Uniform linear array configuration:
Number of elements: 64
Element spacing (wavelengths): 0.75
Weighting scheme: kaiser
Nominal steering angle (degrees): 0
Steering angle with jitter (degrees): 1.149
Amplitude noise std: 0.05
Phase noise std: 0.05

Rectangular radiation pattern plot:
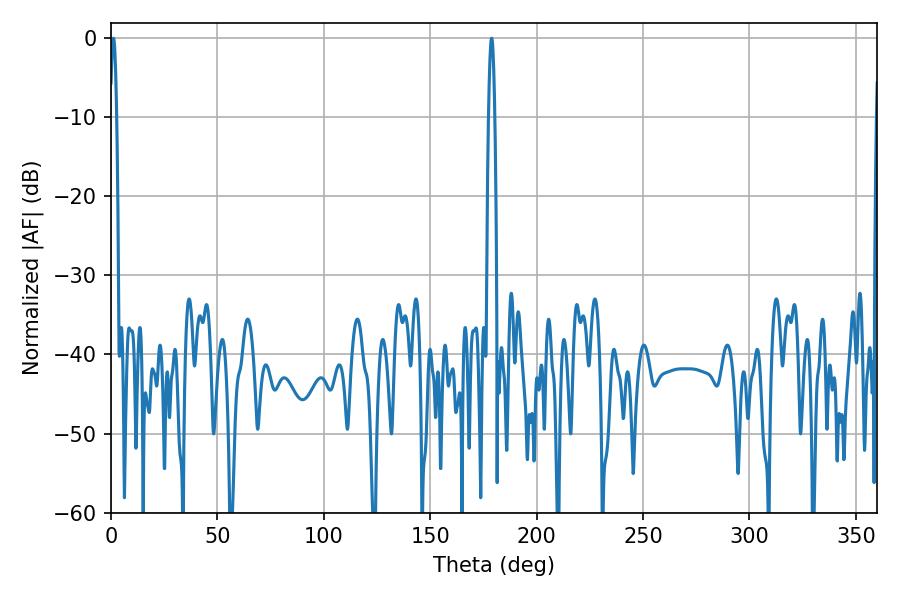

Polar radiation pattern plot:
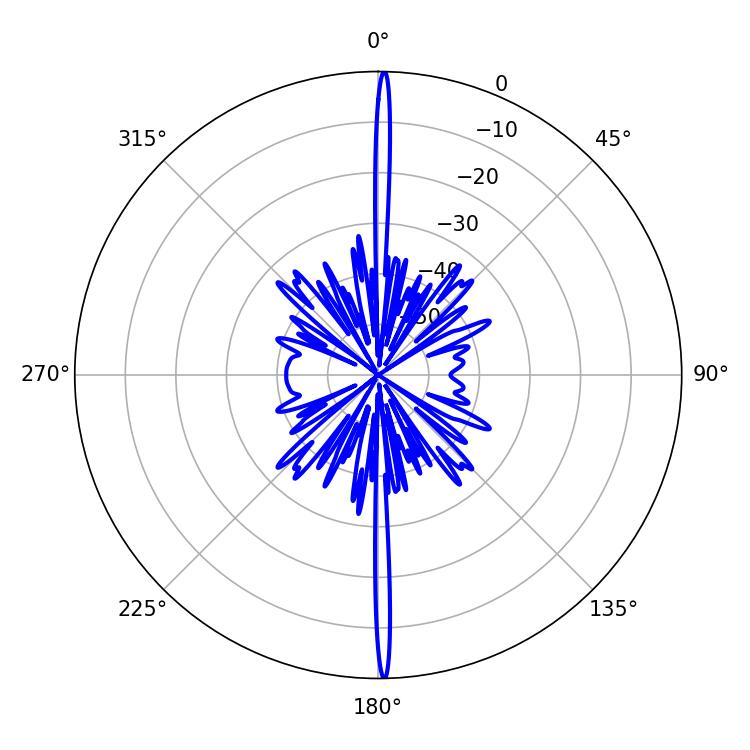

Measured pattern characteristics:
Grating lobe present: TRUE
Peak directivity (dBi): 32.016
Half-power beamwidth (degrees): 1.62
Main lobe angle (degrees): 1.08